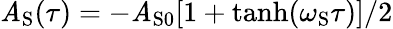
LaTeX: \mathit{A}_{\mathrm{{S}}}(\tau)=-\mathit{A}_{\mathrm{{S0}}}[1+\operatorname{tanh}(\omega_{\mathrm{{S}}}\tau)]/2